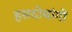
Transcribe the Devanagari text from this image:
हसदोबांगों